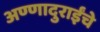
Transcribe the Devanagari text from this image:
अण्णादुराईंचे